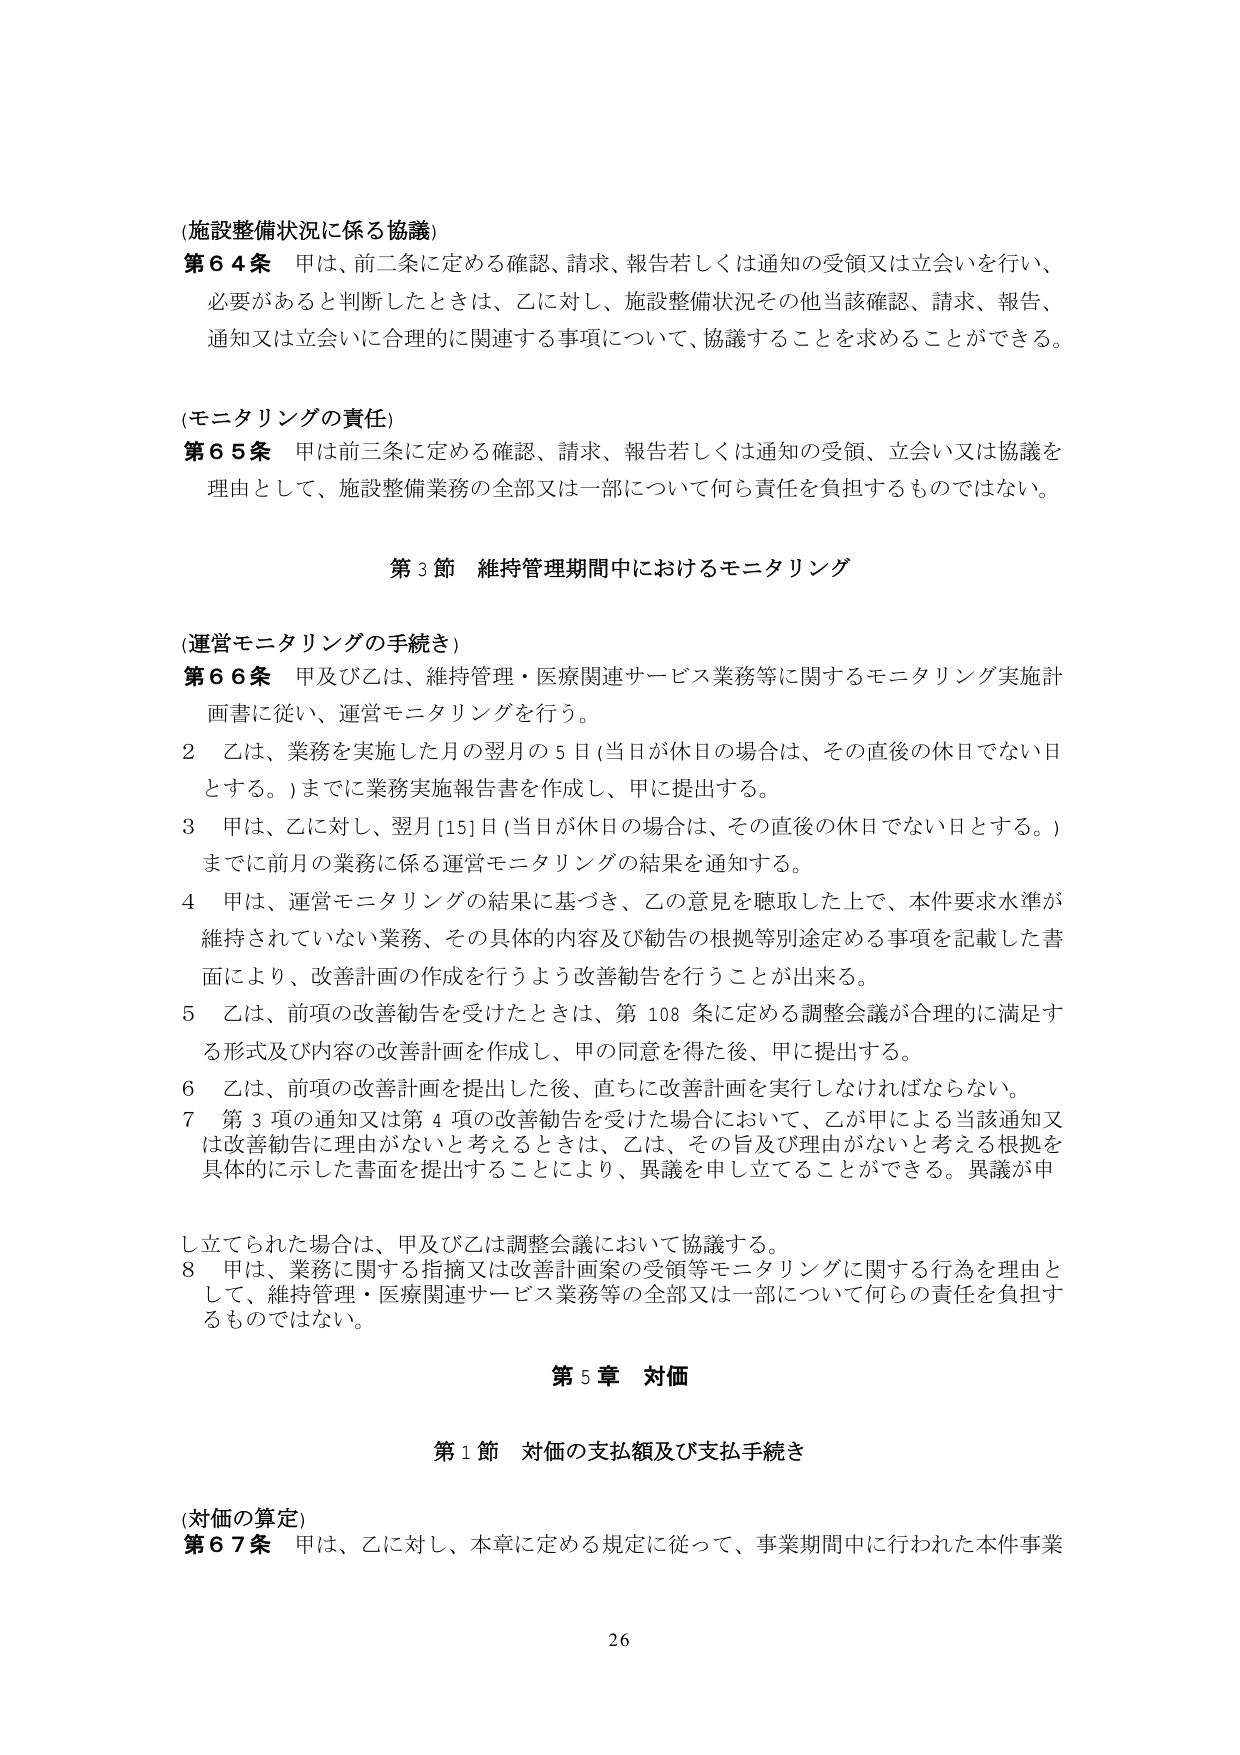
(施設整備状況に係る協議)
第６４条 甲は、前二条に定める確認、請求、報告若しくは通知の受領又は立会いを行い、
必要があると判断したときは、乙に対し、施設整備状況その他当該確認、請求、報告、
通知又は立会いに合理的に関連する事項について、協議することを求めることができる。

(モニタリングの責任)
第６５条 甲は前三条に定める確認、請求、報告若しくは通知の受領、立会い又は協議を
理由として、施設整備業務の全部又は一部について何ら責任を負担するものではない。

第３節 維持管理期間中におけるモニタリング

(運営モニタリングの手続き)
第６６条 甲及び乙は、維持管理・医療関連サービス業務等に関するモニタリング実施計
画書に従い、運営モニタリングを行う。
２ 乙は、業務を実施した月の翌月の５日（当日が休日の場合は、その直後の休日でない日
とする。）までに業務実施報告書を作成し、甲に提出する。
３ 甲は、乙に対し、翌月［15］日（当日が休日の場合は、その直後の休日でない日とする。）
までに前月の業務に係る運営モニタリングの結果を通知する。
４ 甲は、運営モニタリングの結果に基づき、乙の意見を聴取した上で、本件要求水準が
維持されていない業務、その具体的内容及び勧告の根拠等別途定める事項を記載した書
面により、改善計画の作成を行うよう改善勧告を行うことができる。
５ 乙は、前項の改善勧告を受けたときは、第108条に定める調整会議が合理的に満足す
る形式及び内容の改善計画を作成し、甲の同意を得た後、甲に提出する。
６ 乙は、前項の改善計画を提出した後、直ちに改善計画を実行しなければならない。
７ 第３項の通知又は第４項の改善勧告を受けた場合において、乙が甲による当該通知又
は改善勧告に理由がないと考えるときは、乙は、その旨及び理由がないと考える根拠を
具体的に示した書面を提出することにより、異議を申し立てることができる。異議が申
し立てられた場合は、甲及び乙は調整会議において協議する。
８ 甲は、業務に関する指摘又は改善計画案の受領等モニタリングに関する行為を理由と
して、維持管理・医療関連サービス業務等の全部又は一部について何らの責任を負担す
るものではない。

第５章 対価

第１節 対価の支払額及び支払手続き

(対価の算定)
第６７条 甲は、乙に対し、本章に定める規定に従って、事業期間中に行われた本件事業

26